Calcutta medical institutions reports 1892-1900
Year: 1892
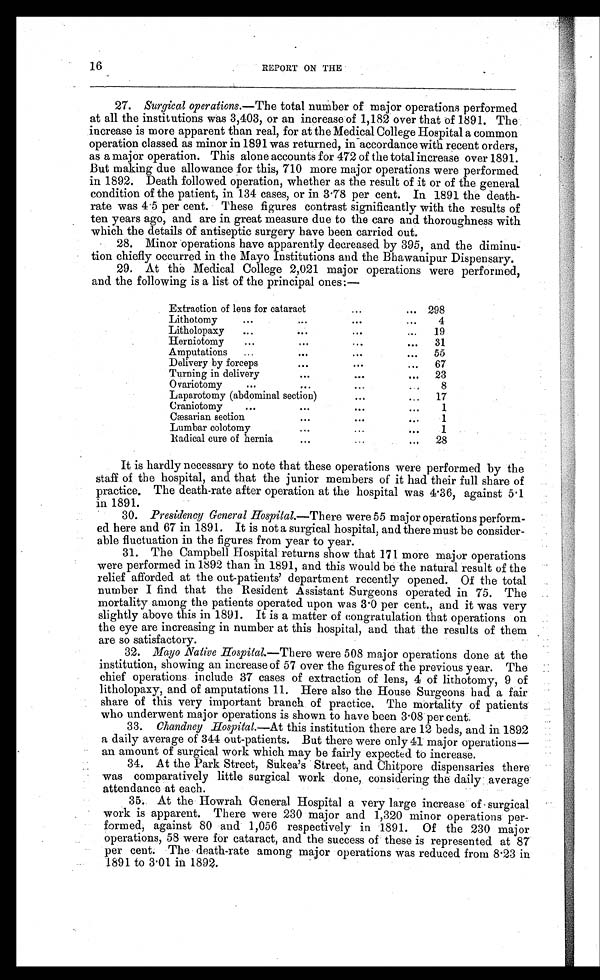
16
REPORT ON THE
27. Surgical operations .—The total number of major operations performed
at all the institutions was 3,403, or an increase of 1,182 over that of 1891. The
increase is more apparent than real, for at the Medical College Hospital a common
operation classed as minor in 1891 was returned, in accordance with recent orders,
as a major operation. This alone accounts for 472 of the total increase over 1891.
But making due allowance for this, 710 more major operations were performed
in 1892. Death followed operation, whether as the result of it or of the general
condition of the patient, in 134 cases, or in 3.78 per cent. In 1891 the death-
rate was 4.5 per cent. These figures contrast significantly with the results of
ten years ago, and are in great measure due to the care and thoroughness with
which the details of antiseptic surgery have been carried out.
28. Minor operations have apparently decreased by 395, and the diminu-
tion chiefly occurred in the Mayo Institutions and the Bhawanipur Dispensary.
29. At the Medical College 2,021 major operations were performed,
and the following is a list of the principal ones:—
Extraction of lens for cataract
...
... 298
Lithotomy
...
...
...
. . .
4
Litholopaxy
...
. . .
. . .
...
19
Herniotomy
. . .
...
. . .
. . .
31
Amputations
...
...
...
...
55
Delivery by forceps
. . .
. . .
...
67
Turning in delivery
. . .
...
. . .
23
Ovariotomy
...
. . .
. . .
. . .
8
Laparotomy (abdominal section) . . .
...
...
17
Craniotomy
. . .
. . .
...
. . .
1
Cæsarian section
. . .
. . .
. . .
1
Lumbar colotomy
. . .
...
...
1
Radical cure of hernia
...
...
. . .
28
It is hardly necessary to note that these operations were performed by the
staff of the hospital, and that the junior members of it had their full share of
practice. The death-rate after operation at the hospital was 4.36, against 5.1
in 1891.
30. Presidency General Hospital. —There were 55 major operations perform-
ed here and 67 in 1891. It is not a surgical hospital, and there must be consider-
able fluctuation in the figures from year to year.
31. The Campbell Hospital returns show that 171 more major operations
were performed in 1892 than in 1891, and this would be the natural result of the
relief afforded at the out-patients' department recently opened. Of the total
number I find that the Resident Assistant Surgeons operated in 75. The
mortality among the patients operated upon was 3.0 per cent., and it was very
slightly above this in 1891. It is a matter of congratulation that operations on
the eye are increasing in number at this hospital, and that the results of them
are so satisfactory.
32. Mayo Native Hospital. —There were 508 major operations done at the
institution, showing an increase of 57 over the figures of the previous year. The
chief operations include 37 cases of extraction of lens, 4 of lithotomy, 9 of
litholopaxy, and of amputations 11. Here also the House Surgeons had a fair
share of this very important branch of practice. The mortality of patients
who underwent major operations is shown to have been 3.08 per cent.
33. Chandney Hospital.—At this institution there are 12 beds, and in 1892
a daily average of 344 out-patients. But there were only 41 major operations—
an amount of surgical work which may be fairly expected to increase.
34. At the Park Street, Sukea's Street, and Chitpore dispensaries there
was comparatively little surgical work done, considering the daily average
attendance at each.
35. At the Howrah General Hospital a very large increase of surgical
work is apparent. There were 230 major and 1,320 minor operations per-
formed, against 80 and 1,056 respectively in 1891. Of the 230 major
operations, 58 were for cataract, and the success of these is represented at 87
per cent. The death-rate among major operations was reduced from 8.23 in
1891 to 3.01 in 1892.